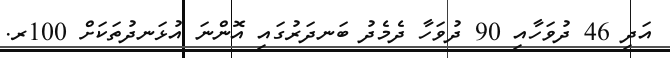
އަދި 46 ދުވަހާއި 90 ދުވަހާ ދެމެދު ބަނދަރުގައި އޮންނަ އުޅަނދުތަކަށް 100ރ.